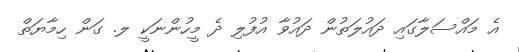
އެ މައްސަލާގައި ދައުލަތުން ދައުވާ އުފުލި ދެ މީހުންނަކީ ލ. ގަން ހިމާޔަތް